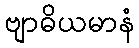
ဗျာဓိယမာနံ